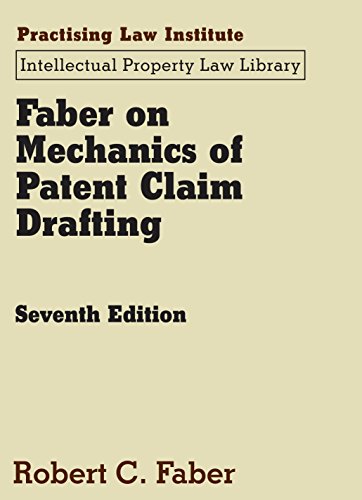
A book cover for Faber on Mechanics of Patent Claim Drafting; Robert C. Faber; Law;